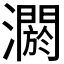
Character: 𤂷